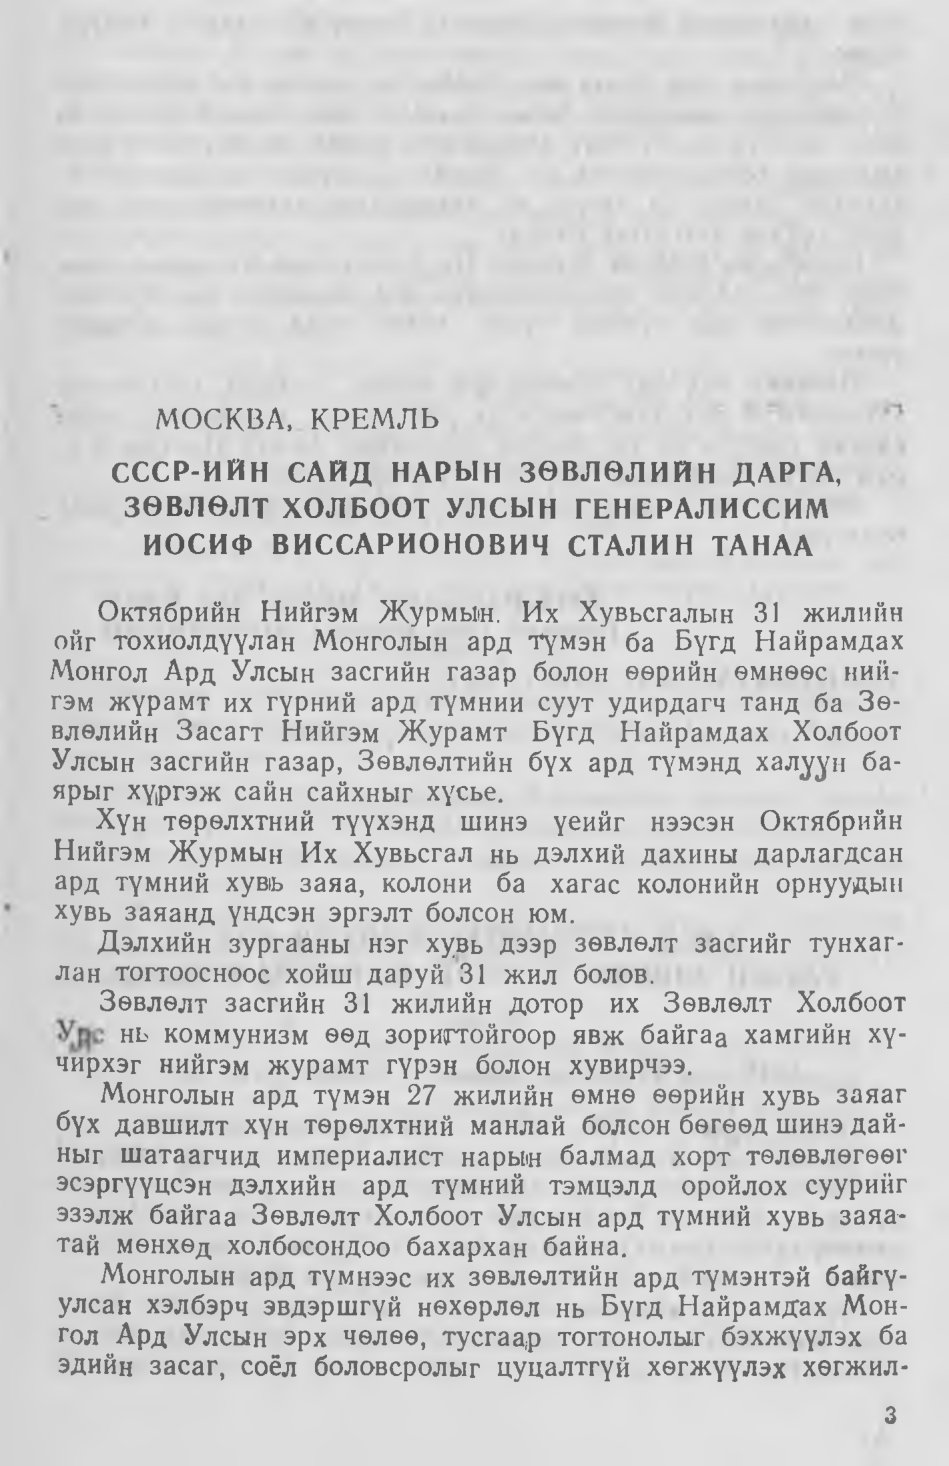
Language: mn